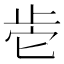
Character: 𰙡